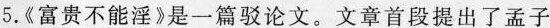
5.《富贵不能淫》是一篇驳论文。文章首段提出了孟子